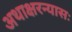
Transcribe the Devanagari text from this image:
अथाक्षरन्यासः